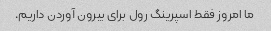
ما امروز فقط اسپرینگ رول برای بیرون آوردن داریم.